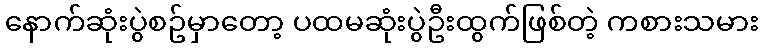
နောက်ဆုံးပွဲစဥ်မှာတော့ ပထမဆုံးပွဲဦးထွက်ဖြစ်တဲ့ ကစားသမား